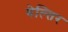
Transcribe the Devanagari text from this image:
बेल्तिर